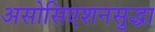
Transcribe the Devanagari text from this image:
असोसिएशनसुद्धा